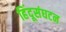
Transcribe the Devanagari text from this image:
हिंदूसंघटन